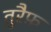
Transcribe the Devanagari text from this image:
तुरैफ़